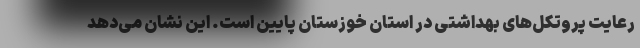
رعایت پروتکل‌های بهداشتی در استان خوزستان پایین است. این نشان می‌دهد